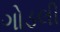
ગોડલી